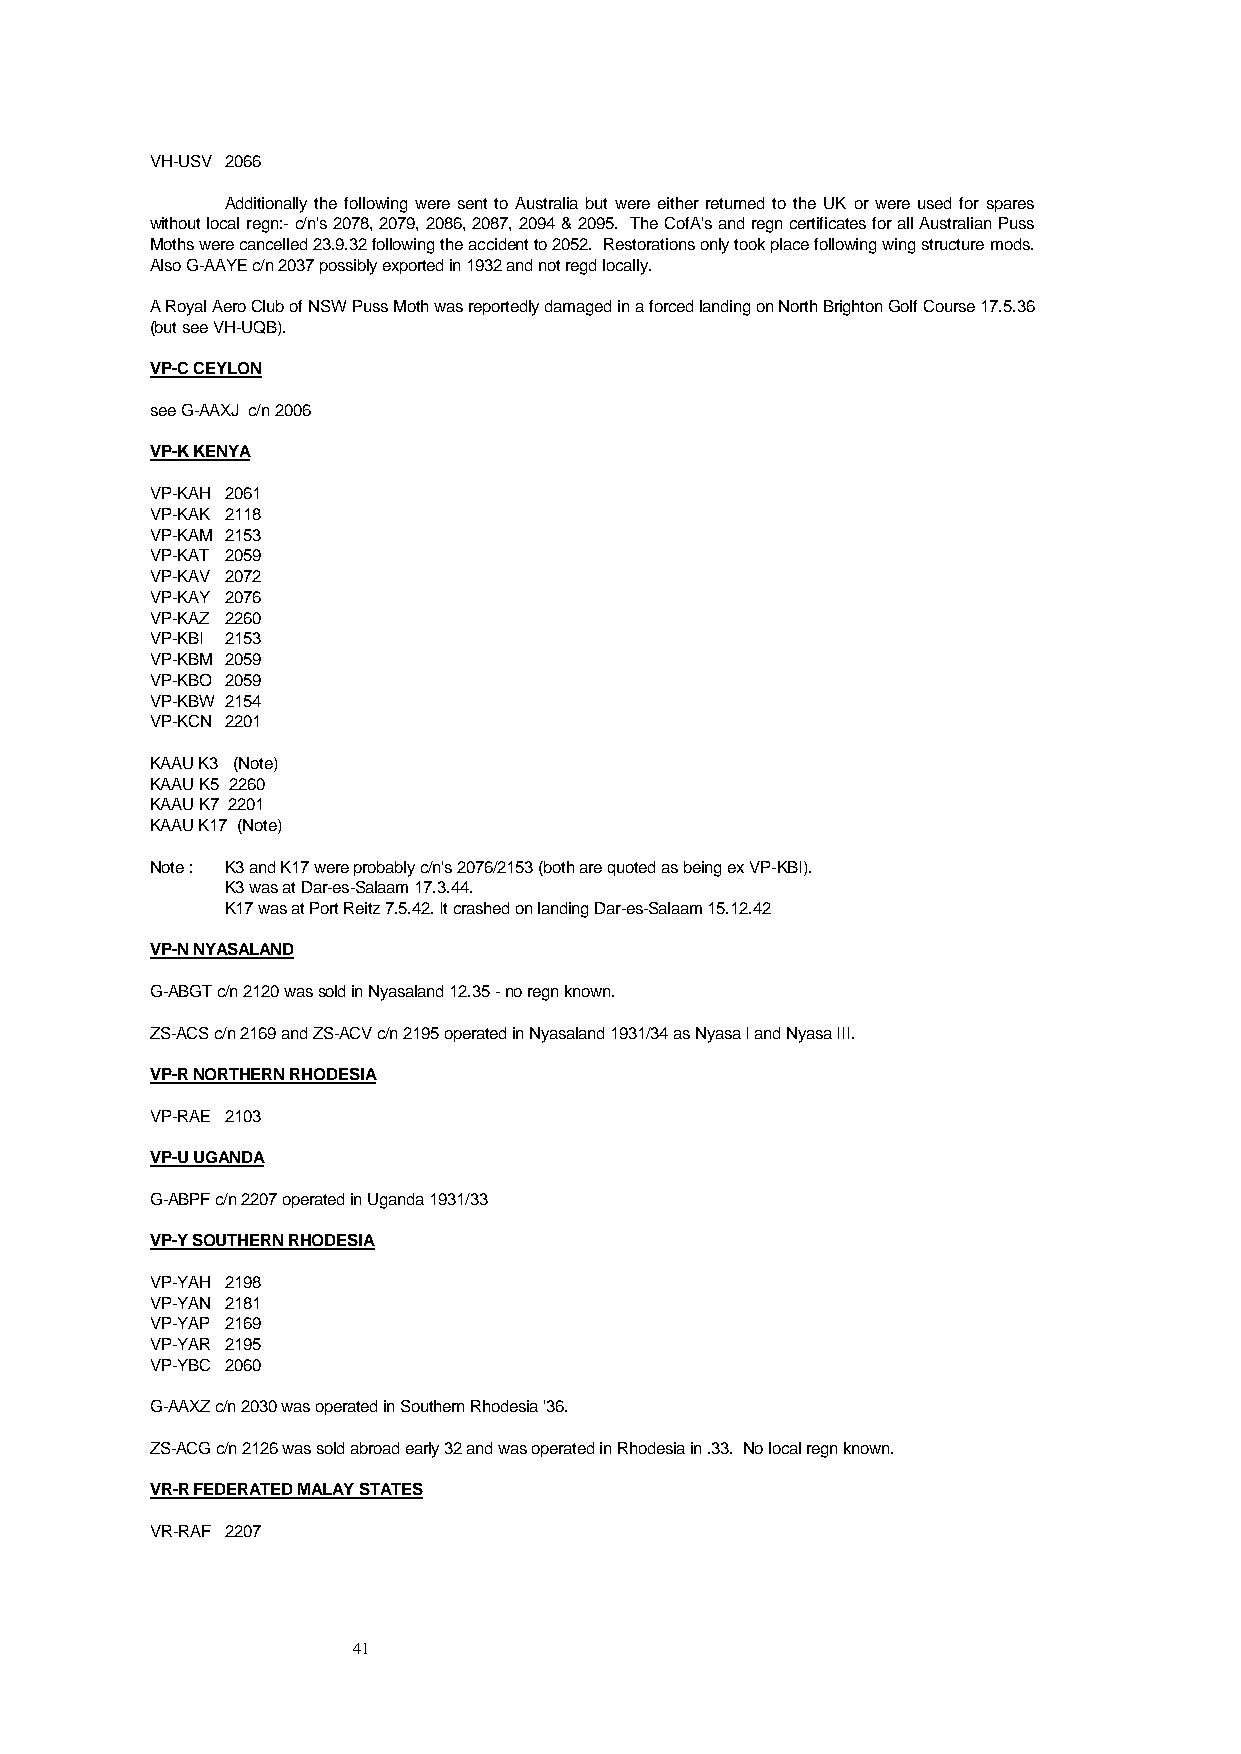
VH-USV 2066
 Additionally the following were sent to Australia but were either returned to the UK or were used for spares
 without local regn:- c/n's 2078, 2079, 2086, 2087, 2094 & 2095. The CofA's and regn certificates for all Australian Puss
 Moths were cancelled 23.9.32 following the accident to 2052. Restorations only took place following wing structure mods.
 Also G-AAYE c/n 2037 possibly exported in 1932 and not regd locally.
 A Royal Aero Club of NSW Puss Moth was reportedly damaged in a forced landing on North Brighton Golf Course 17.5.36
 (but see VH-UQB).
 VP-C CEYLON
 see G-AAXJ c/n 2006
 VP-K KENYA
 VP-KAH 2061
 VP-KAK 2118
 VP-KAM 2153
 VP-KAT 2059
 VP-KAV 2072
 VP-KAY 2076
 VP-KAZ 2260
 VP-KBI 2153
 VP-KBM 2059
 VP-KBO 2059
 VP-KBW 2154
 VP-KCN 2201
 KAAU K3 (Note)
 KAAU K5 2260
 KAAU K7 2201
 KAAU K17 (Note)
 Note : K3 and K17 were probably c/n's 2076/2153 (both are quoted as being ex VP-KBI).
 K3 was at Dar-es-Salaam 17.3.44.
 K17 was at Port Reitz 7.5.42. It crashed on landing Dar-es-Salaam 15.12.42
 VP-N NYASALAND
 G-ABGT c/n 2120 was sold in Nyasaland 12.35 - no regn known.
 ZS-ACS c/n 2169 and ZS-ACV c/n 2195 operated in Nyasaland 1931/34 as Nyasa I and Nyasa III.
 VP-R NORTHERN RHODESIA
 VP-RAE 2103
 VP-U UGANDA
 G-ABPF c/n 2207 operated in Uganda 1931/33
 VP-Y SOUTHERN RHODESIA
 VP-YAH 2198
 VP-YAN 2181
 VP-YAP 2169
 VP-YAR 2195
 VP-YBC 2060
 G-AAXZ c/n 2030 was operated in Southern Rhodesia '36.
 ZS-ACG c/n 2126 was sold abroad early 32 and was operated in Rhodesia in .33. No local regn known.
 VR-R FEDERATED MALAY STATES
 VR-RAF 2207
 41